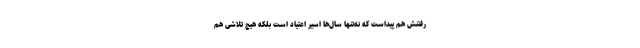
رفتنش هم پیداست که نه‌تنها سال‌ها اسیر اعتیاد است بلکه هیچ تلاشی هم